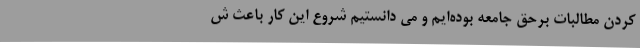
کردن مطالبات برحق جامعه بوده‌ایم و می دانستیم شروع این کار باعث ش